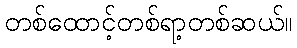
တစ်ထောင့်တစ်ရာ့တစ်ဆယ်။